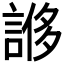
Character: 𧩀